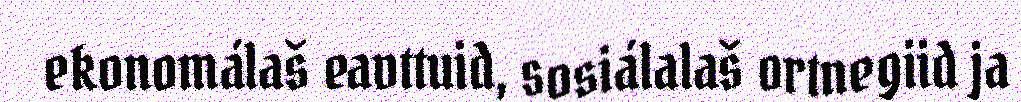
ekonomálaš eavttuid, sosiálalaš ortnegiid ja